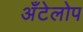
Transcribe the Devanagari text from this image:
अँटेलोप